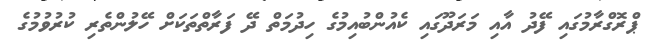
ޕްރޮގްރާމުގައި ފޭދު އާއި މަރަދޫގައި ކެއުންބުއިމުގެ ހިދުމަތް ދޭ ފަރާތްތަކަށް ހޭލުންތެރި ކުރުވުމުގެ